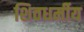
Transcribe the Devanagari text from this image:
शिवधर्मीय